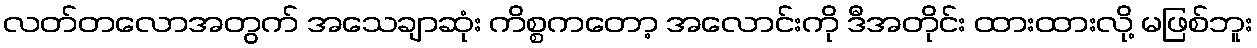
လတ်တလောအတွက် အသေချာဆုံး ကိစ္စကတော့ အလောင်းကို ဒီအတိုင်း ထားထားလို့ မဖြစ်ဘူး